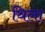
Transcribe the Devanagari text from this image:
थिला